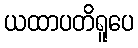
ယထာပတိရူပေ